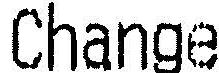
CHANGE